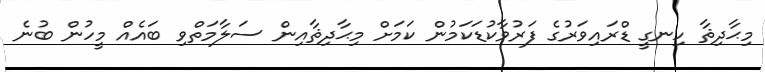
މިޙާދިޘާ ހިނގީ ޑްރައިވަރުގެ ފަރުވާކުޑަކަމުން ކަމަށް މިޙާދިޘާއިން ސަލާމަތްވި ބައެއް މީހުން ބުނެ